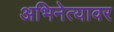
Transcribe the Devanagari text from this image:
अभिनेत्यावर